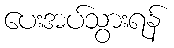
ပေးအပ်သွားရန်